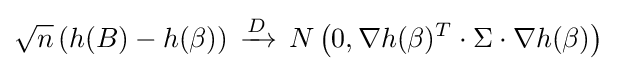
{\sqrt {n}}\left(h(B)-h(\beta )\right)\,\xrightarrow {D} \,N\left(0,\nabla h(\beta )^{T}\cdot \Sigma \cdot \nabla h(\beta )\right)